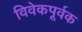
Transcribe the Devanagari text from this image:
विवेकपूर्वक